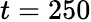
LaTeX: t=250